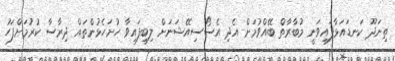
ތިނަދޫ ކަނޑައަޅާފައިވަނީ މުބާރާތް ބޭއްވުމަށް އެދި އެސޯސިއޭޝަނަށް ލިބިފައިވާ ހުށަހެޅުންތައް ދިރާސާ ކުރުމަށްފަހު